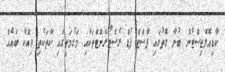
ކާޑިއޮލޮޖިސްޓުން ބުނާ ގޮތުގައި ފާސްޓް ފުޑް ރެސްޓޯރެންޓްތަކާއި މަގުމަތީގައި ކާތަކެތި ވިއްކާ ބައެއް